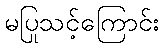
မပြုသင့်ကြောင်း